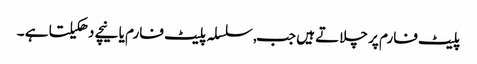
پلیٹ فارم پر چلاتے ہیں جب, سلسلہ پلیٹ فارم یا نیچے دھکیلتا ہے ۔